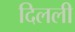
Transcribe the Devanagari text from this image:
दिलली